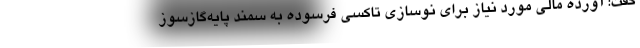
گفت: آورده مالی مورد نیاز برای نوسازی تاکسی فرسوده به سمند پایه‌گازسوز